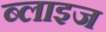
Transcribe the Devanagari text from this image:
ब्लाइज